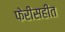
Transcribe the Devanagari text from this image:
फेरीसहीत